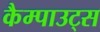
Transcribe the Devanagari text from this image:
कैम्पाउट्स